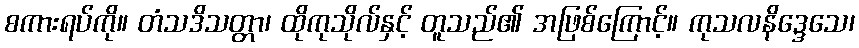
စကားရပ်ကို။ တံသဒိသတ္တာ၊ ထိုကုသိုလ်နှင့် တူသည်၏ အဖြစ်ကြောင့်။ ကုသလနိဒ္ဒေသေ၊